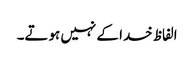
الفاظ خدا کے نہیں ہوتے۔